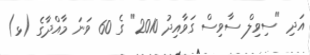
އަދި "ސިވިލް ސާވިސް ގަވާއިދު 2010" ގެ 60 ވަނަ މާއްދާގެ (ޅ)